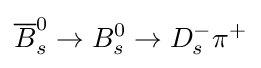
{\overline {B}}_{s}^{0}\to B_{s}^{0}\to D_{s}^{-}\pi ^{+}